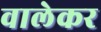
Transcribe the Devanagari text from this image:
वालेकर